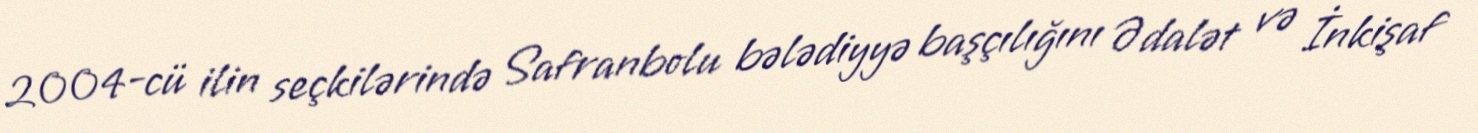
2004-cü ilin seçkilərində Safranbolu bələdiyyə başçılığını Ədalət və İnkişaf